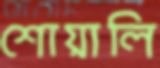
শোয়ালি